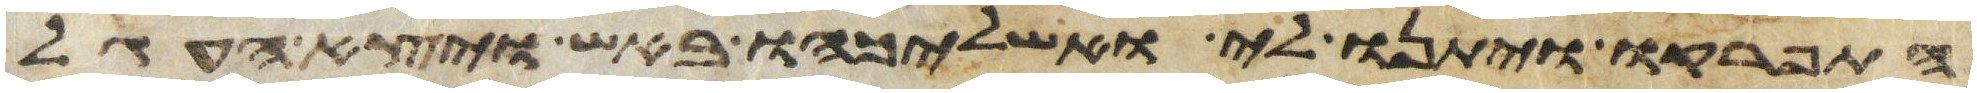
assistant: התפרקו ויתנו לי ואשליכהו באש ויצא העגל